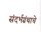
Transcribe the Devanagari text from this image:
संदर्भग्रंथाचे